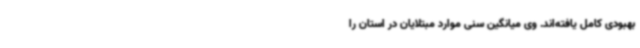
بهبودی کامل یافته‌اند. وی میانگین سنی موارد مبتلایان در استان را